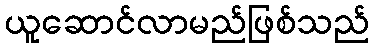
ယူဆောင်လာမည်ဖြစ်သည်